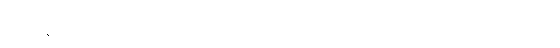
ကျူးလွန်ထွက်ပြေးလွှတ်မြောက်နေသူကို အေးအေးလှိုင်၏ ရွှေ့ပြောင်းနေထိုင်သူ အထောက်အထားဖြစ်